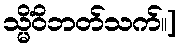
သ္မိံဝိဘတ်သက်။]